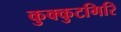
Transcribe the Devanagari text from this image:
कुक्कुटगिरि